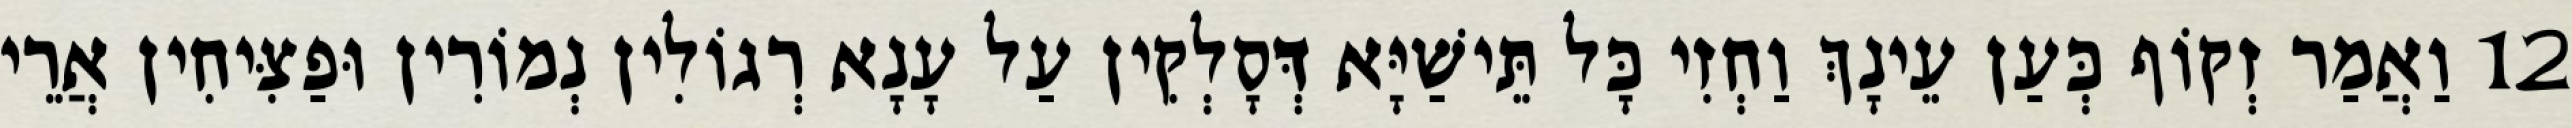
12 וַאֲמַר זְקוֹף כְּעַן עֵינָךְ וַחְזִי כָּל תֵּישַׁיָּא דְּסָלְקִין עַל עָנָא רְגוֹלִין נְמוֹרִין וּפַצִּיחִין אֲרֵי